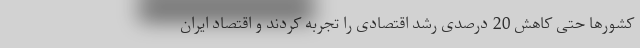
کشورها حتی کاهش 20 درصدی رشد اقتصادی را تجربه کردند و اقتصاد ایران